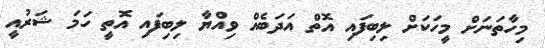
މިހާތަނަށް މީހަކަށް ލިބިފައި އޮތް އަދަބެއް ވިއްޔާ ލިބިފައި އޮތީ ހަމަ ޝަރުއީ